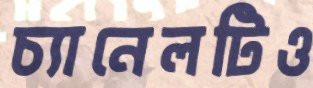
চ্যানেলটিও